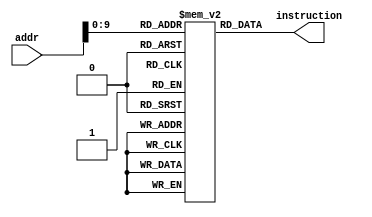
module InstMemory (
  input wire [31:0] addr,
  output reg [31:0] instruction
);

  // Memory to store instructions
  reg [31:0] mem [0:1023];

  // Example instruction at address 0 (AND instruction)
  initial begin
    mem[0] = 32'h0000000000000000; // 6'b000000 | 4'b0000 | 4'b0000 | 4'b0001 | 14'b00000000000000
    // Example instruction at address 1 (ADD instruction)
    mem[1] = 32'h0001000000000000; // 6'b000001 | 4'b0001 | 4'b0010 | 4'b0011 | 14'b00000000000000
    // Example instruction at address 2 (SUB instruction)
    mem[2] = 32'h0002000000000000; // 6'b000010 | 4'b0010 | 4'b0011 | 4'b0100 | 14'b00000000000000
    // Example instruction at address 3 (ANDI instruction)
    mem[3] = 32'h0003110012340100; // 6'b000011 | 4'b0001 | 4'b0011 | 16'h1234 | 2'b01
    // Example instruction at address 4 (ADDI instruction)
    mem[4] = 32'h0004000200340100; // 6'b000100 | 4'b0002 | 4'b0011 | 16'h3456 | 2'b01
    // Example instruction at address 5 (LW instruction)
    mem[5] = 32'h0005010300400100; // 6'b000101 | 4'b0011 | 4'b0003 | 16'h4001 | 2'b00
    // Example instruction at address 6 (LW.POI instruction)
    mem[6] = 32'h0006010412340100; // 6'b000110 | 4'b0100 | 4'b0004 | 16'h1234 | 2'b01
    // Example instruction at address 7 (SW instruction)
    mem[7] = 32'h0007010500400100; // 6'b000111 | 4'b0101 | 4'b0005 | 16'h4001 | 2'b00
    // Example instruction at address 8 (BGT instruction)
    mem[8] = 32'h001000060712345001; // 6'b001000 | 4'b0000 | 4'b0111 | 16'h2345 | 2'b01
    // Example instruction at address 9 (BLT instruction)
    mem[9] = 32'h001001060801234502; // 6'b001001 | 4'b0000 | 4'b1000 | 16'h1234 | 2'b10
    // Example instruction at address 10 (BEQ instruction)
    mem[10] = 32'h001010070901234512; // 6'b001010 | 4'b0000 | 4'b1001 | 16'h2345 | 2'b10
    // Example instruction at address 11 (BNE instruction)
    mem[11] = 32'h001011081001234523; // 6'b001011 | 4'b0000 | 4'b1001 | 16'h3456 | 2'b11
    // Example instruction at address 12 (JMP instruction)
    mem[12] = 32'h0011000A00000000; // 6'b001100 | 26'b00000000000000000000000000
    // Example instruction at address 13 (CALL instruction)
    mem[13] = 32'h0011010B12345678; // 6'b001101 | 26'b12345678
    // Example instruction at address 14 (RET instruction)
    mem[14] = 32'h0011100C00000000; // 6'b001110 | 26'b00000000000000000000000000
    // Example instruction at address 15 (PUSH instruction)
    mem[15] = 32'h0011110D00000000; // 6'b001111 | 4'b1101 | 22'b00000000000000000000
    // Example instruction at address 16 (POP instruction)
    mem[16] = 32'h0100000E00000000; // 6'b010000 | 4'b1110 | 22'b00000000000000000000
    // Add more instructions as needed
  end

  always @(*) begin
    // Read the instruction at the specified address
    instruction = mem[addr];
  end

endmodule